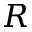
R